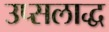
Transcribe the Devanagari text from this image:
उप्सलाद्ध